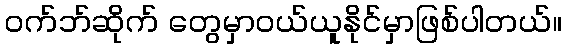
ဝက်ဘ်ဆိုက် တွေမှာဝယ်ယူနိုင်မှာဖြစ်ပါတယ်။